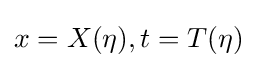
x=X(\eta ),t=T(\eta )